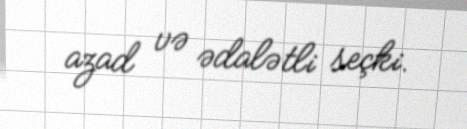
azad və ədalətli seçki.